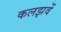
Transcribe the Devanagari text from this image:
कलझवें